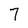
Character: 7